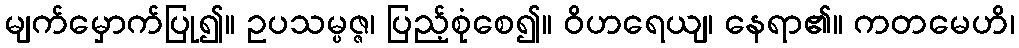
မျက်မှောက်ပြု၍။ ဥပသမ္ပဇ္ဇ၊ ပြည့်စုံစေ၍။ ဝိဟရေယျ၊ နေရာ၏။ ကတမေဟိ၊